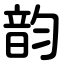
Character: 韵